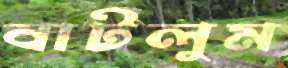
বাটলুম